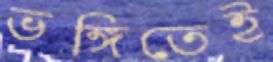
ভঙ্গিতেই